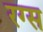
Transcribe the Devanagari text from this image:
रग्स